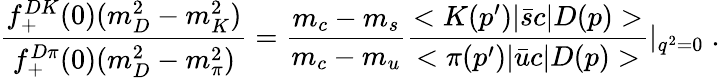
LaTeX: \frac{f_{+}^{DK}(0)(m_{D}^{2}-m_{K}^{2})}{f_{+}^{D\pi}(0)(m_{D}^{2}-m_{\pi}^{2})}=\frac{m_{c}-m_{s}}{m_{c}-m_{u}}\frac{<K(p^{\prime})|{\bar{s}}c|D(p)>}{<\pi(p^{\prime})|{\bar{u}}c|D(p)>}|_{q^{2}=0}\; .